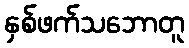
နှစ်ဖက်သဘောတူ